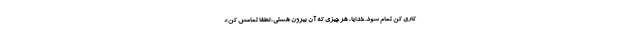
کاری کن تمام شود. خدایا، هر چیزی که آن بیرون هستی، لطفاً تمامش کن».